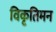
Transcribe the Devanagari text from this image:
विकृतिमन